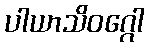
ပါယာသိဝဂ္ဂေါ